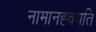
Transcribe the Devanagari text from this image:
नामानह्वयति